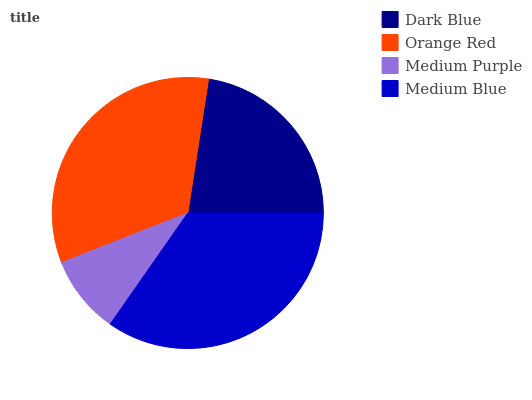
| Dark Blue | Orange Red | Medium Purple | Medium Blue |
 | --- | --- | --- | --- |
 | 22.6% | 33.4% | 9.32% | 34.7% |